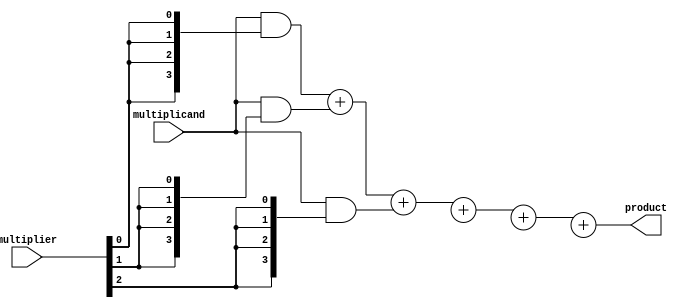
module wallace_tree_multiplier #(parameter N = 4) (
    input  [N-1:0] multiplicand,
    input  [N-1:0] multiplier,
    output [2*N-1:0] product
);

    // Partial product generation
    wire [N-1:0] pp [0:N-1]; // Partial products
    genvar i;
    generate
        for (i = 0; i < N; i = i + 1) begin : pp_gen
            assign pp[i] = multiplicand & {N{multiplier[i]}};
        end
    endgenerate

    // Carry-Save Adder (CSA) structure
    wire [N-1:0] sum [0:N-1];
    wire [N-1:0] carry [0:N-1];

    // Initial CSA stage
    generate
        for (i = 0; i < N-1; i = i + 1) begin : csa_stage1
            if (i % 3 == 0) begin
                assign {carry[i/3], sum[i/3]} = pp[i] + pp[i+1] + pp[i+2];
            end
        end
    endgenerate

    // Second CSA stage
    wire [N-1:0] sum2 [0:(N+2)/3-1];
    wire [N-1:0] carry2 [0:(N+2)/3-1];

    generate
        for (i = 0; i < (N+2)/3; i = i + 1) begin : csa_stage2
            if (i < (N-1)/3) begin
                assign {carry2[i], sum2[i]} = {carry[i*3], sum[i*3]} + {carry[i*3+1], sum[i*3+1]} + {carry[i*3+2], sum[i*3+2]};
            end
        end
    endgenerate

    // Final addition
    wire [2*N-1:0] final_sum;
    wire [2*N-1:0] final_carry;

    assign final_sum = {carry2[0], sum2[0]} + {carry2[1], sum2[1]};

    // Output stage
    assign product = final_sum;

endmodule